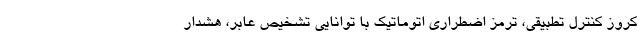
کروز کنترل تطبیقی، ترمز اضطراری اتوماتیک با توانایی تشخیص عابر، هشدار